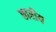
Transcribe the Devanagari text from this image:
छारीय